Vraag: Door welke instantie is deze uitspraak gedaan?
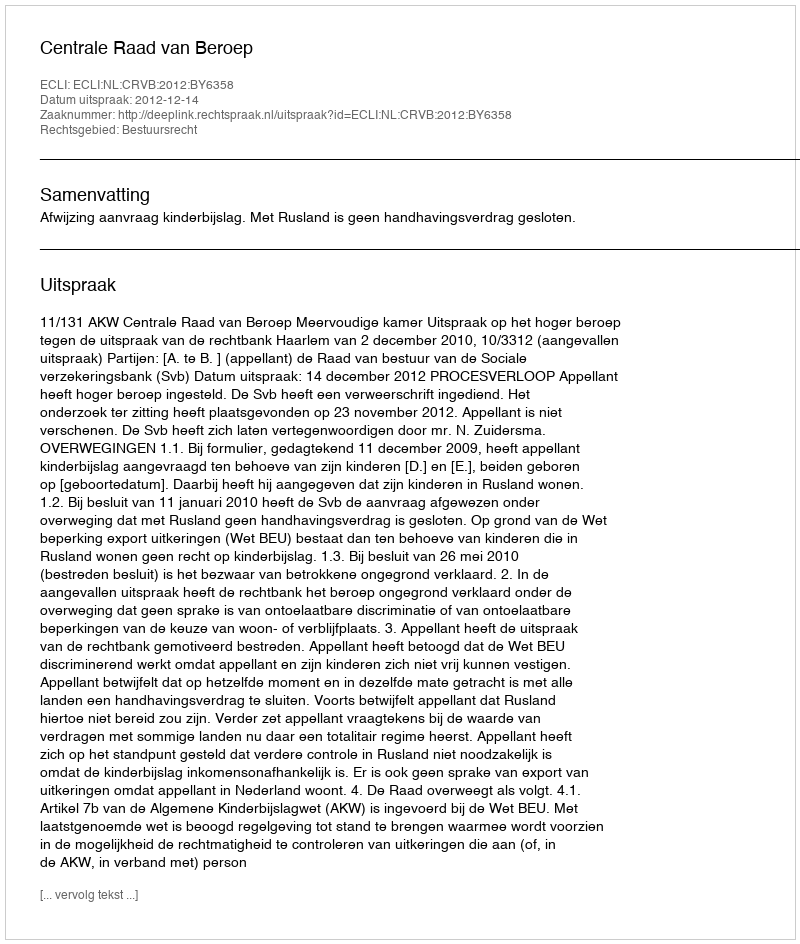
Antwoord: Centrale Raad van Beroep